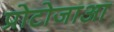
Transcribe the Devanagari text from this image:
प्रोटोजाआ